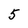
Character: 5